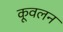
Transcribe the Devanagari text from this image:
कूवलन